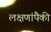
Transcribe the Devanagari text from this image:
लक्षणांपैकी